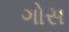
ગોસ